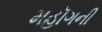
મહૉગની